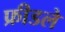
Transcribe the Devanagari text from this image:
फ्रीडले